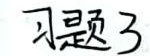
习题3